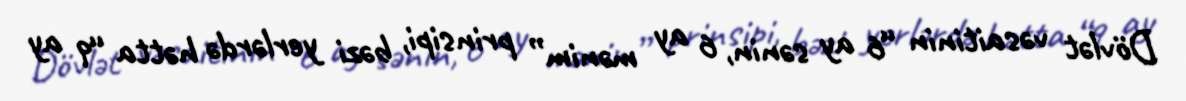
Dövlət vəsaitinin “6 ay sənin, 6 ay mənim” prinsipi, bəzi yerlərdə hətta “9 ay